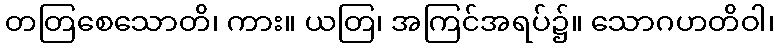
တတြစေသောတိ၊ ကား။ ယတြ၊ အကြင်အရပ်၌။ သောဂဟတိဝါ၊